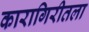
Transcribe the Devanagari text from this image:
कारागिरीतला